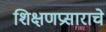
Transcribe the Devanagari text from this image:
शिक्षणप्रसाराचे